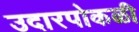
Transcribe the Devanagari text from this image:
उदारपोकळी